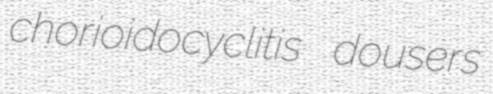
chorioidocyclitis dousers